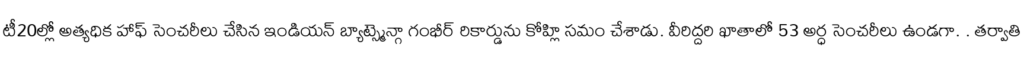
టీ20ల్లో అత్యధిక హాఫ్ సెంచరీలు చేసిన ఇండియన్ బ్యాట్స్మెన్గా గంభీర్ రికార్డును కోహ్లి సమం చేశాడు. వీరిద్దరి ఖాతాలో 53 అర్ధ సెంచరీలు ఉండగా. . తర్వాతి